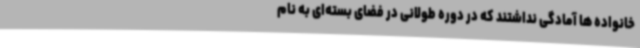
خانواده ها آمادگی نداشتند که در دوره طولانی در فضای بسته‌ای به نام